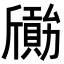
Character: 𣃐